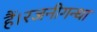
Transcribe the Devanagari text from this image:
हैं।रजनीगन्धा